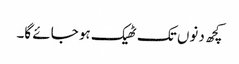
کچھ دنوں تک ٹھیک ہو جائے گا۔